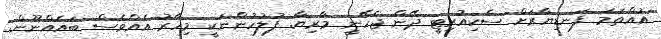
އުއްތަމަ ފަނޑިޔާރަށް ސެކިއުރިޓީ ދޭން ޖެހޭނީ މާރިޔާ. ފުލުހުންނަކީ މިހާރު އެއްވެސް ބައެއްނޫން.